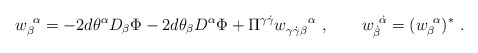
\begin{align*} {w}_\beta^{~\alpha}= -2 d\theta^\alpha D_\beta \Phi -2 d\theta_\beta D^\alpha \Phi + \Pi^{\gamma\dot{\gamma}} w_{\gamma\dot{\gamma}\beta}^{~~~~\alpha}~, \qquad w_{\dot{\beta}}^{~\dot{\alpha}}= (w_\beta^{~\alpha})^*~.\end{align*}